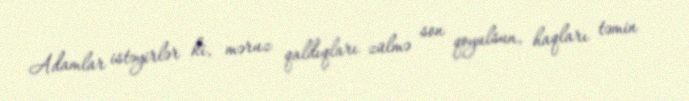
Adamlar istəyirlər ki, məruz qaldıqları zülmə son qoyulsun, haqları təmin